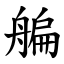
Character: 艑